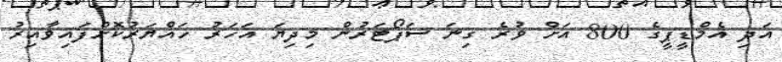
އަދި އެމްޑީޕީގެ 800 އަށް ވުރެ ގިނަ ސަޕޯޓަރުން މިދިޔަ އަހަރު ހައްޔަރުކޮށްފައިވާއިރު